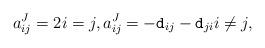
LaTeX: \begin{align*} a^J_{ij} = 2 i =j, a^J_{ij} =-\mathtt{d}_{ij}-\mathtt{d}_{ji} i \ne j,\end{align*}